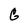
Character: G